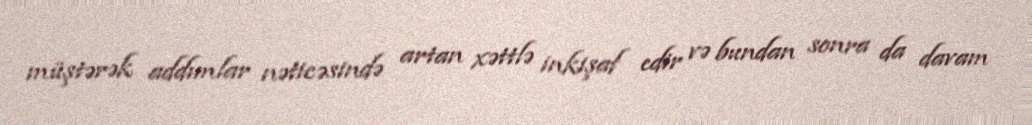
müştərək addımlar nəticəsində artan xəttlə inkişaf edir və bundan sonra da davam